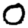
Digit: 0